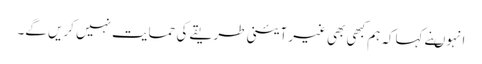
انہوںنے کہاکہ ہم کبھی بھی غیر آئینی طریقے کی حمایت نہیں کریں گے۔